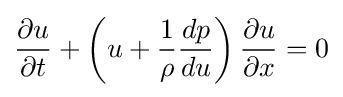
{\frac {\partial u}{\partial t}}+\left(u+{\frac {1}{\rho }}{\frac {dp}{du}}\right){\frac {\partial u}{\partial x}}=0